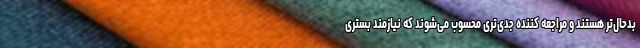
بدحال‌تر هستند و مراجعه کننده جدی‌تری محسوب می‌شوند که نیازمند بستری